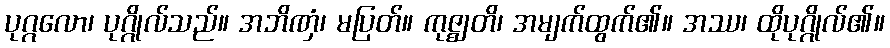
ပုဂ္ဂလော၊ ပုဂ္ဂိုလ်သည်။ အဘိဏှံ၊ မပြတ်။ ကုဇ္ဈတိ၊ အမျက်ထွက်၏။ အဿ၊ ထိုပုဂ္ဂိုလ်၏။